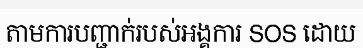
តាមការបញ្ជាក់របស់អង្គការ SOS ដោយ